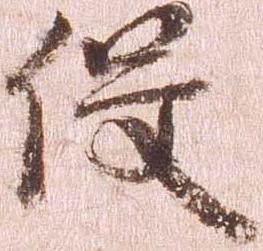
役